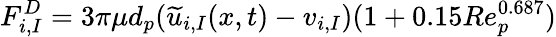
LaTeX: F_{i,I}^{D}=3\pi\mu d_{p}(\widetilde{u}_{i,I}(x,t)-v_{i,I})(1+0.15Re_{p}^{0.687})